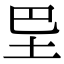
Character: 𡉷